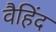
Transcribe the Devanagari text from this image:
वैहिंद